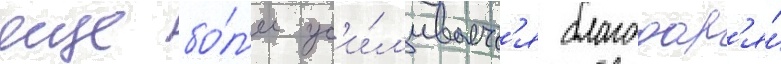
еще бо́л'ее ус'и́л'иваетс'я благодар'я́